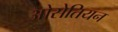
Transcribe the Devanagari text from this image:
ओसेतियन